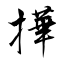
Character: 撶